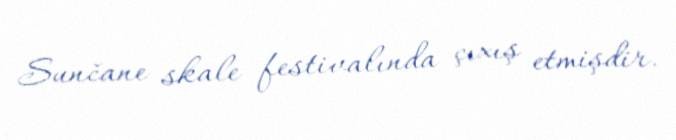
Sunčane skale festivalında çıxış etmişdir.